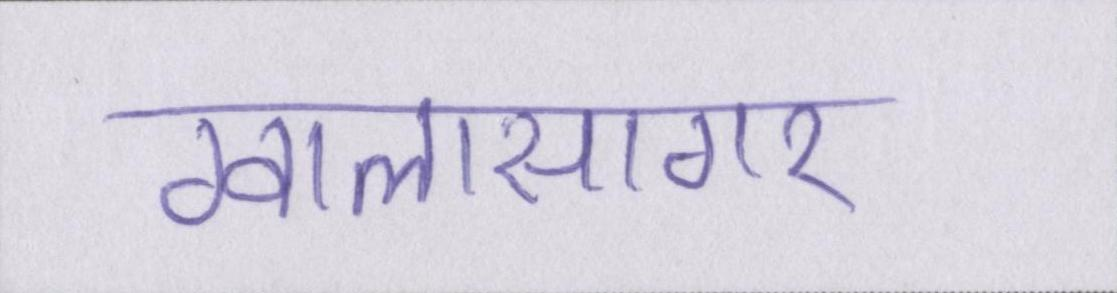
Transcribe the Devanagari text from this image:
ग्वालासागर